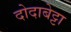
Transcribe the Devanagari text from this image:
दोदाबेट्टा